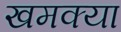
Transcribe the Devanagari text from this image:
खमक्या